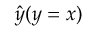
{ \hat { y } } ( y = x )